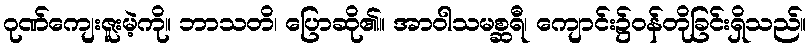
ဂုဏ်ကျေးဇူးမဲ့ကို။ ဘာသတိ၊ ပြောဆို၏။ အာဝါသမစ္ဆရီ၊ ကျောင်း၌ဝန်တိုခြင်းရှိသည်။